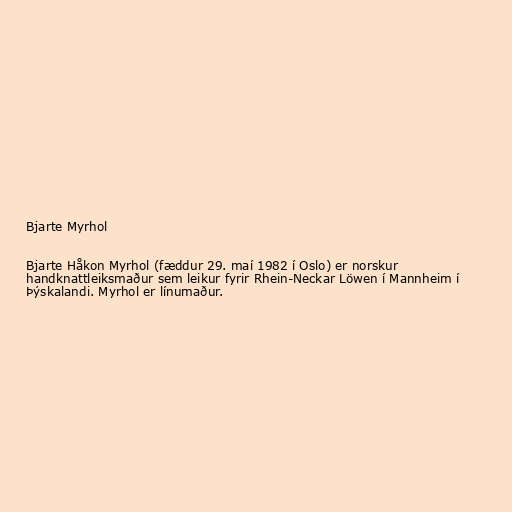
Bjarte Myrhol

Bjarte Håkon Myrhol (fæddur 29. maí 1982 í Oslo) er norskur
handknattleiksmaður sem leikur fyrir Rhein-Neckar Löwen í Mannheim í
Þýskalandi. Myrhol er línumaður.